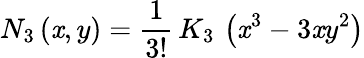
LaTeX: N_{3}\left(\mathit{x},y\right)=\frac{{1}}{{3!}}\, K_{3}\, \left(\mathit{x}^{3}-3\mathit{x}y^{2}\right)